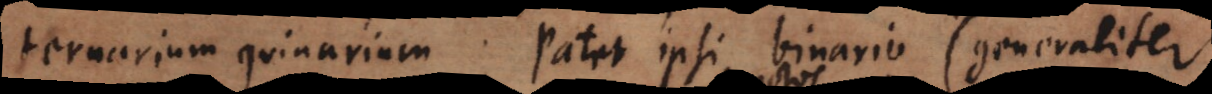
ternarium quinarium. Patet ipsi binario (generaliter